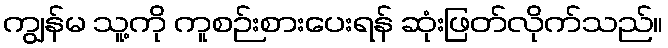
ကျွန်မ သူ့ကို ကူစဉ်းစားပေးရန် ဆုံးဖြတ်လိုက်သည်။